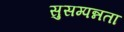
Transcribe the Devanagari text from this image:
सुसम्पन्नता